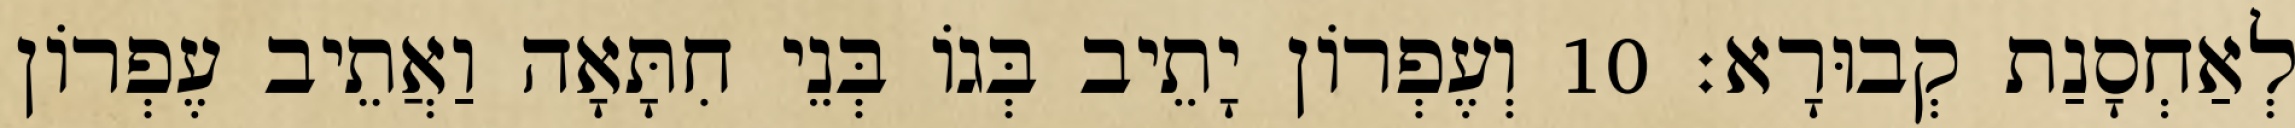
לְאַחְסָנַת קְבוּרָא׃ 10 וְעֶפְרוֹן יָתֵיב בְּגוֹ בְּנֵי חִתָּאָה וַאֲתֵיב עֶפְרוֹן